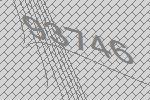
93746